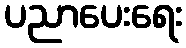
ပညာပေးရေး